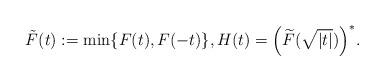
LaTeX: \begin{align*}\tilde F(t):= \min \{F(t), F(-t)\},H(t)=\Big( \widetilde F(\sqrt{|t|})\Big)^*.\end{align*}